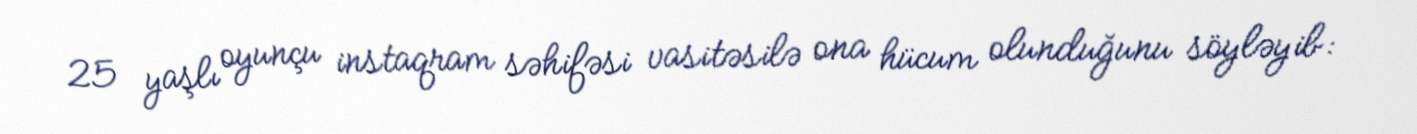
25 yaşlı oyunçu instaqram səhifəsi vasitəsilə ona hücum olunduğunu söyləyib: